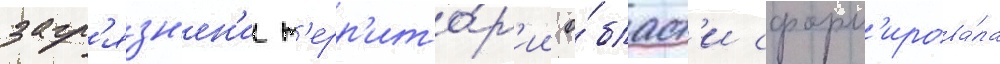
загр'язн'ен'ии т'ерр'ито́р'ии о́бласт'и сформ'ирова́ла